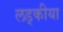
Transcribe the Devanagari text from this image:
लड्कीया